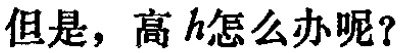
但是，高 \(h\)怎么办呢？